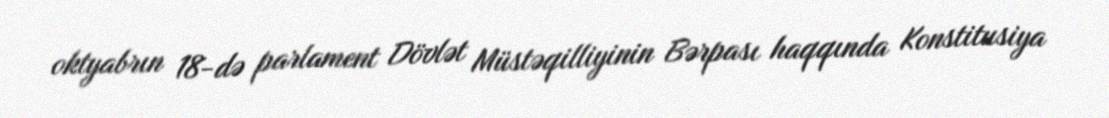
oktyabrın 18-də parlament Dövlət Müstəqilliyinin Bərpası haqqında Konstitusiya